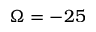
\Omega = - 2 5